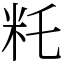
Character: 籷